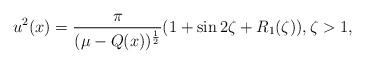
LaTeX: \begin{align*}u^2(x) = \frac{\pi}{(\mu-Q(x))^\frac12} (1 + \sin 2 \zeta + R_1(\zeta)), \zeta >1,\end{align*}